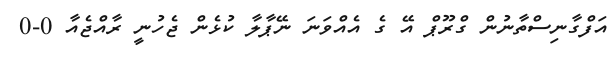
އަފްގާނިސްތާނުން ގްރޫޕް އޭ ގެ އެއްވަނަ ނޭޕާލާ ކުޅެން ޖެހުނީ ރާއްޖެއާ 0-0